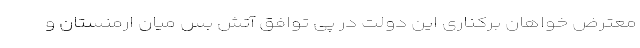
معترض خواهان برکناری این دولت در پی توافق آتش بس میان ارمنستان و